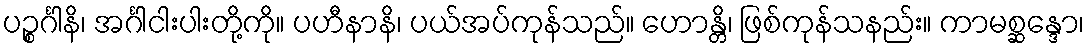
ပဉ္စင်္ဂါနိ၊ အင်္ဂါငါးပါးတို့ကို။ ပဟီနာနိ၊ ပယ်အပ်ကုန်သည်။ ဟောန္တိ၊ ဖြစ်ကုန်သနည်း။ ကာမစ္ဆန္ဒော၊